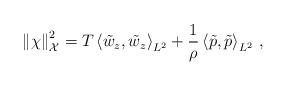
LaTeX: \begin{align*}\left\Vert \chi\right\Vert _{\mathcal{\mathcal{X}}}^{2}=T\left\langle \tilde{w}_{z},\tilde{w}_{z}\right\rangle _{L^{2}}+\frac{1}{\rho}\left\langle \tilde{p},\tilde{p}\right\rangle _{L^{2}}\,,\end{align*}